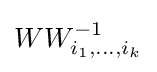
WW_{i_{1},\dots ,i_{k}}^{-1}